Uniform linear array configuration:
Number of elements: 48
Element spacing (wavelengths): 1
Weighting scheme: exponential
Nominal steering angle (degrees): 15
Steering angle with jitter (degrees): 16.978
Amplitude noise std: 0.05
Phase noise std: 0.05

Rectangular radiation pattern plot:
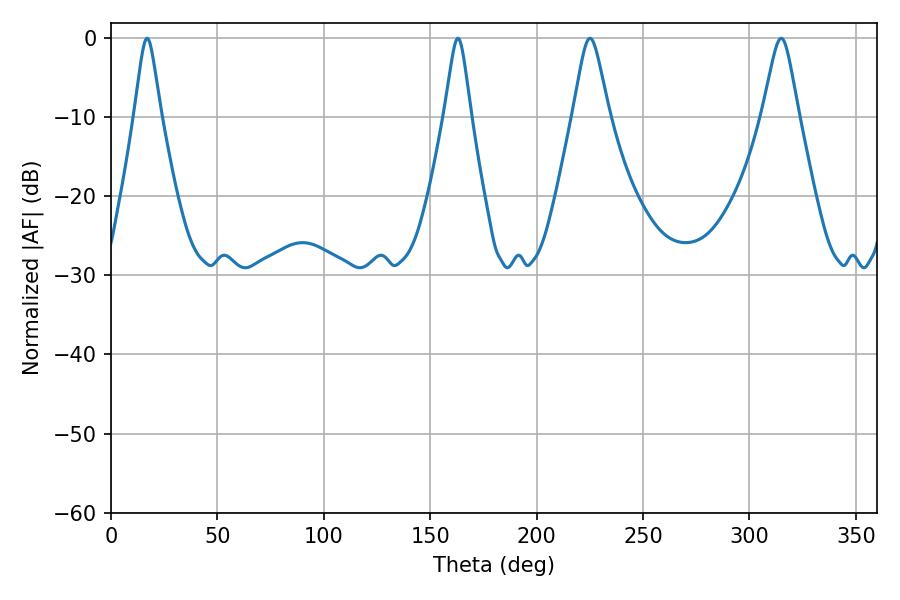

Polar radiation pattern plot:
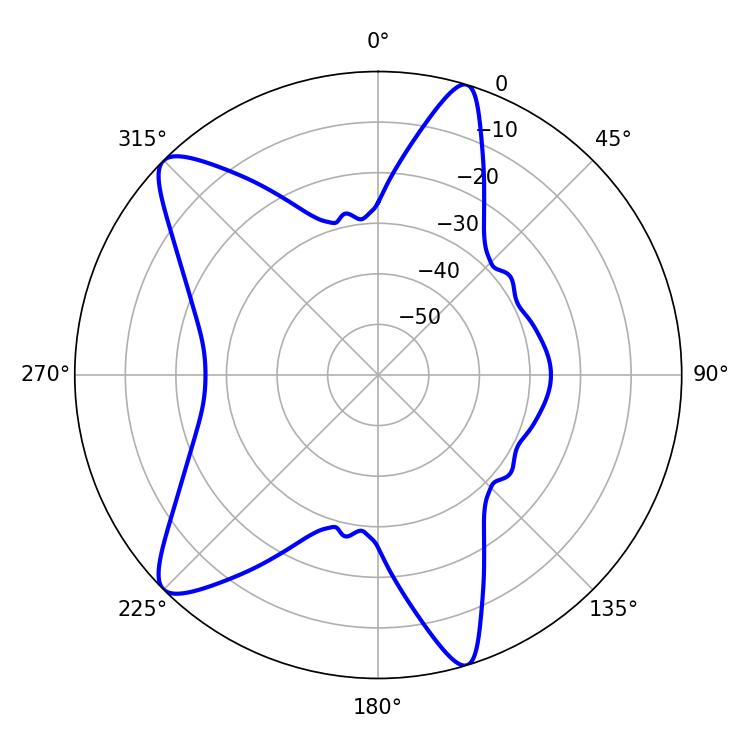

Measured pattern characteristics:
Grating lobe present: TRUE
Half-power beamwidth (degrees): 5.94
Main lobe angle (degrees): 16.92